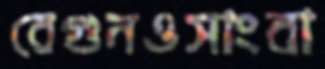
বেগুনওসাংবা